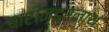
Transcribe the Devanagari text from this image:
बारीन्द्रनाथ